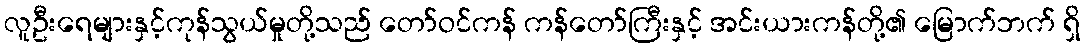
လူဦးရေများနှင့်ကုန်သွယ်မှုတို့သည် တော်ဝင်ကန် ကန်တော်ကြီးနှင့် အင်းယားကန်တို့၏ မြောက်ဘက် ရှိ